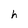
Character: h